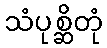
သံပုစ္ဆိတုံ